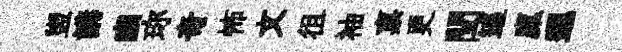
盥講豳珎奇怖文徂袖禀更閏追廩邐